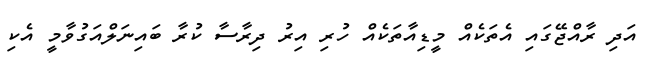
އަދި ރާއްޖޭގައި އެތަކެއް މީޑިއާތަކެއް ހުރި އިރު ދިރާސާ ކުރާ ބައިނަލްއަގުވާމީ އެކި